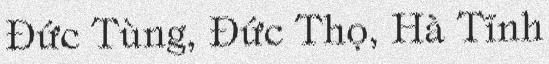
Đức Tùng, Đức Thọ, Hà Tĩnh